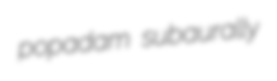
popadam subaurally